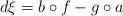
LaTeX: \begin{align*}d\xi=b\circ f-g\circ a\end{align*}